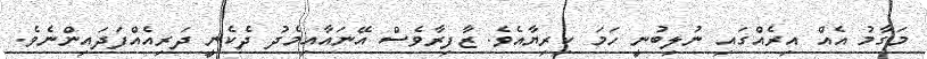
މަގާމު އެއް އިރެއްގައި ނުލިބުނީ ހަމަ ކިރިޔާއެވެ. ޒާފިރާވެސް އޭނައާއިމެދު ދެކެނީ ދަރިއެއްފަދައިންނެވެ.